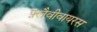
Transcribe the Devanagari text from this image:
फ़्लैवीवायरस